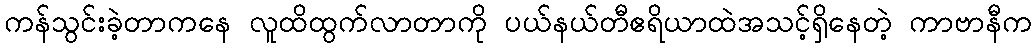
ကန်သွင်းခဲ့တာကနေ လူထိထွက်လာတာကို ပယ်နယ်တီဧရိယာထဲအသင့်ရှိနေတဲ့ ကာဗာနီက